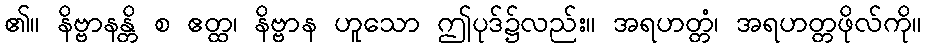
၏။ နိဗ္ဗာနန္တိ စ ဧတ္ထ၊ နိဗ္ဗာန ဟူသော ဤပုဒ်၌လည်း။ အရဟတ္တံ၊ အရဟတ္တဖိုလ်ကို။